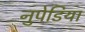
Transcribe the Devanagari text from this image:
नुपेडिया